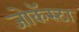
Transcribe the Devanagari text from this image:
जोकॅस्टा